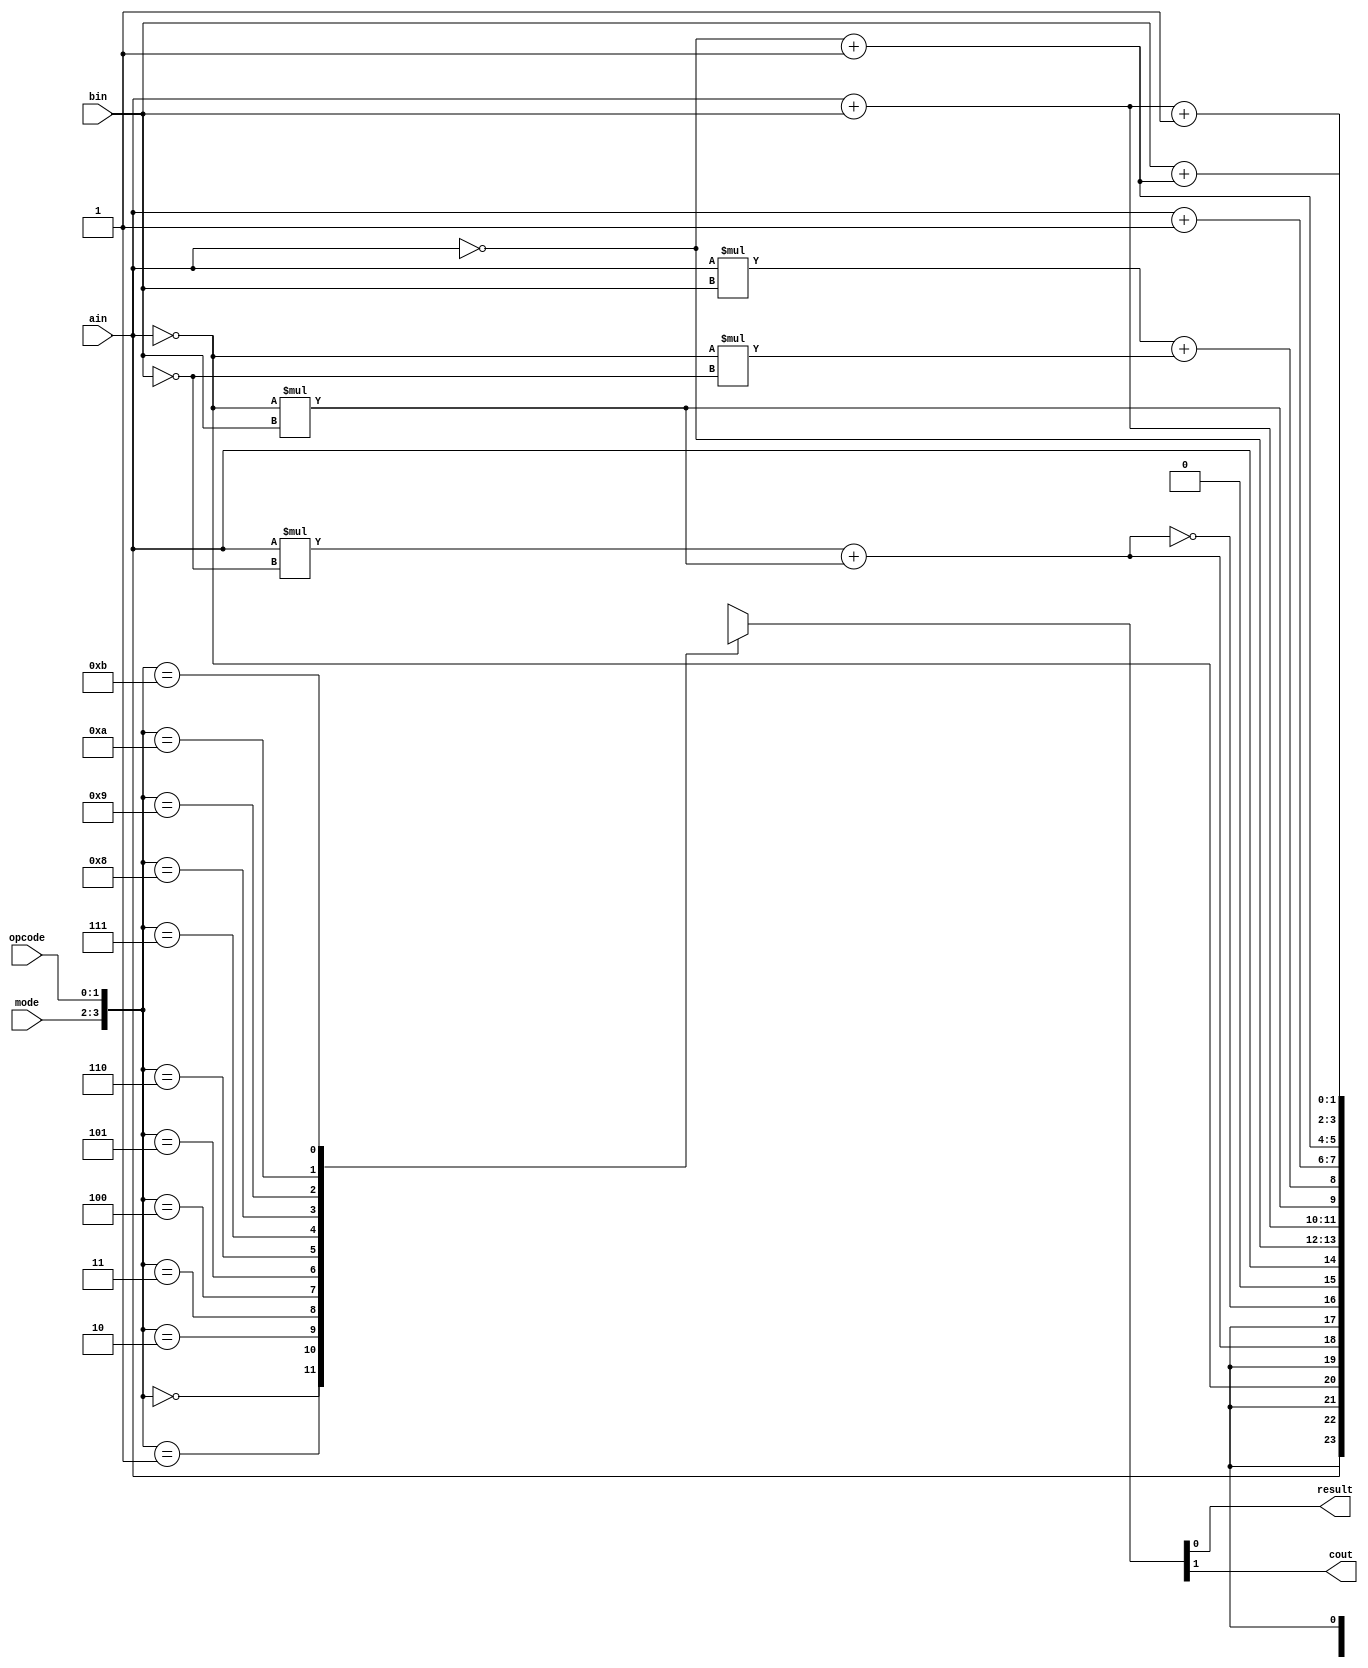
`timescale 1ns / 1ps

module alu
(
	input [1:0] mode, opcode,
	input ain, bin,
	output reg result, cout
);

always @(*) begin
	case({mode, opcode})
		4'b0000 : {cout, result} = {1'bx, ain};
		4'b0001 : {cout, result} = {1'bx, ~ain};
		4'b0010 : {cout, result} = {1'bx, ((ain * ~bin) + (~ain * bin))};
		4'b0011 : {cout, result} = {1'bx, ~((ain * ~bin) + (~ain * bin))};
		4'b0100 : {cout, result} = {1'b0, ain};
		4'b0101 : {cout, result} = ~{1'b0, ain};
		4'b0110 : {cout, result} = ain + bin;
		4'b0111 : {cout, result} = {(~ain) * bin, (ain * bin) + (~ain * ~bin)};
		4'b1000 : {cout, result} = ain + 1'b1;
		4'b1001 : {cout, result} = (~{1'b0, ain}) + 2'b1;
		4'b1010 : {cout, result} = ain + bin + 1'b1;
		4'b1011 : {cout, result} = bin + ((~{1'b0, ain}) + 2'b1);
		default : {cout, result} = {1'bx, 1'bx};
	endcase
	
end

endmodule